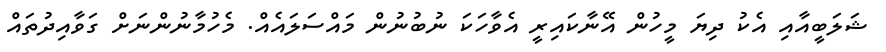
ޝަލަބީއާއި އެކު ދިޔަ މީހުން އޭނާކައިރީ އެވާހަކަ ނުބުނުން މައްސަލައެއް. މެހުމާނުންނަށް ގަވާއިދުތައް